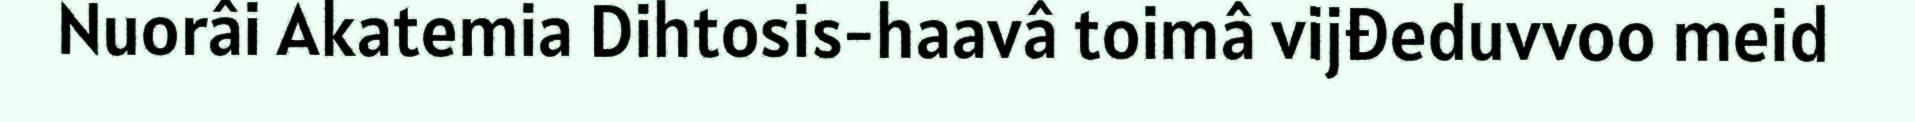
Nuorâi Akatemia Dihtosis-haavâ toimâ vijđeduvvoo meid